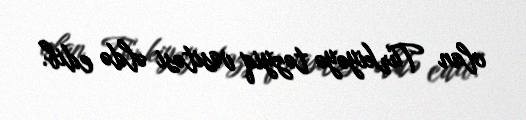
olan Türkiyəyə təzyiq vasitəsi əldə edib.